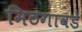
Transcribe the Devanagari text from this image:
मिठगावडे